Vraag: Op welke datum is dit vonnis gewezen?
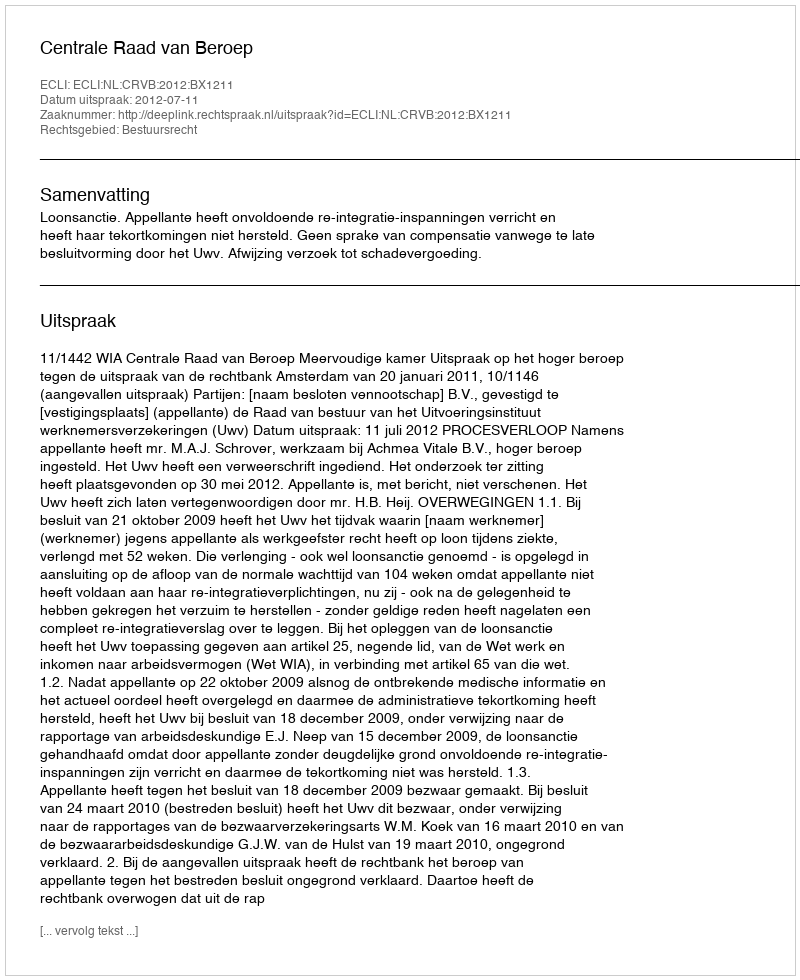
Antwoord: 2012-07-11